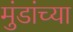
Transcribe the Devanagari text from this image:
मुंडांच्या